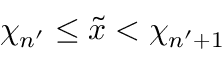
\chi _ { n ^ { \prime } } \leq \tilde { x } < \chi _ { n ^ { \prime } + 1 }